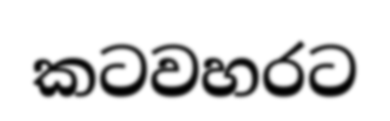
කටවහරට